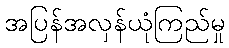
အပြန်အလှန်ယုံကြည်မှု